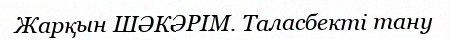
Жарқын ШӘКӘРІМ. Таласбекті тану